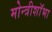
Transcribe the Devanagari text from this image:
मोन्त्रीशाॅभा